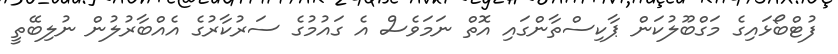
ފުޓްބޯޅައިގެ މަގްބޫލުކަން ޕާކިސްތާންގައި އޮތް ނަމަވެސް އެ ގައުމުގެ ސަރުކާރުގެ އެއްބާރުލުން ނުލިބޭތީ